Annual report of the Punjab Veterinary College and of the Civil Veterinary Department, Punjab - 1894-1908
Year: 1894
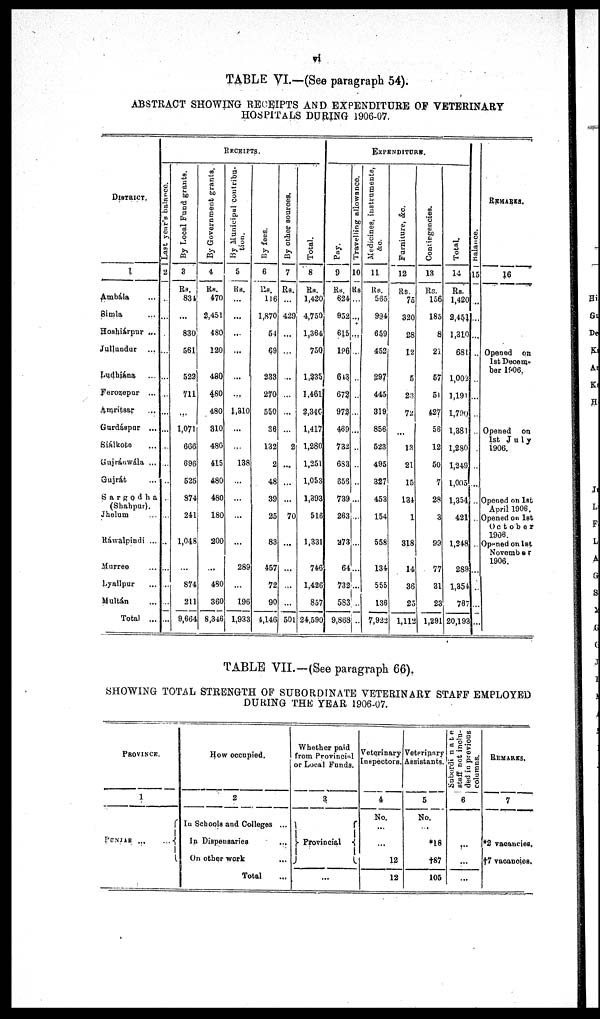
vi
TABLE VI.—(See paragraph 54).
ABSTRACT SHOWING RECEIPTS AND EXPENDITURE OF VETERINARY
HOSPITALS DURING 1906-07.
DISTRICT
1
Ambala ...
Simla ...
Hoshiárpur ...
Jullandur ...
Ludhiána ...
Ferozepur ...
Amritsar ...
Gurdáspur ...
Siálkote ...
Gujráuwála ...
Gujrát ...
Sargodha
(Shahpur).
Jhelum...
Ráwalpindi ...
Murree ...
Lyallpur ...
Multán ...
Total ...
RECEIPTS.
Last year's balance.
2
...
...
...
...
...
...
...
...
...
...
...
...
...
...
...
...
...
...
By Local Fund grants.
3
Rs.
834
...
830
561
522
711
...
1,071
666
696
525
874
241
1,048
...
874
211
9,664
By Government grants.
4
Rs.
470
3,451
480
120
480
480
480
310
480
415
480
480
180
200
...
480
360
8,346
By Municipal contribu-
tion.
5
Rs.
...
...
...
...
...
...
1,310
...
...
138
...
...
...
...
289
...
196
1,933
By fees.
6
Rs.
116
1,870
54
69
233
270
550
36
132
2
48
39
25
83
457
72
90
4,146
By other sources.
7
Rs.
429
...
...
...
...
...
...
2
...
...
...
70
...
...
...
...
501
Total.
8
Rs.
1,420
4,750
1,364
750
1,235
1,461
2,346
1,417
1,280
1,251
1,053
1,393
516
1,331
746
1,426
857
24,590
EXPENDITURE.
Pay.
9
Rs.
624
952
615
19
643
672
972
469
732
683
656
739
263
273
64
732
583
9,868
Travelling allowance.
10
Rs.
...
...
...
...
...
...
...
...
...
...
...
...
...
...
...
....
...
...
Medicines, instruments,
&c.
11
Rs.
565
994
659
452
297
445
319
856
523
495
327
453
154
558
134
555
136
7,921
Furniture, &c.
12
Rs.
75
320
28
12
5
23
72
...
13
21
15
134
1
318
14
36
25
1,119
Contingencies.
13
Rs.
156
185
8
21
57
51
427
56
12
50
7
28
3
99
77
31
23
1,291
Total.
14
Rs.
1,420
2,451
1,310
681
1,002
1,191
1,790
1,381
1,280
1,249
1,005
1,354
421
1,248
289
1,354
787
20,193
Balance.
15
...
...
...
...
...
...
..
...
...
...
...
...
...
..
...
...
REMARKS.
16
Opened on
1st Decem-
bar 1906.
Opened on
1st July
1906.
Opened on 1st
April 1906.
Opened on 1st
October
1906.
Opened on 1st
November
1906.
TABLE VII.—(See paragraph 66).
SHOWING TOTAL STRENGTH OF SUBORDINATE VETERINARY STAFF EMPLOYED
DURING THE YEAR 1906-07.
PROVINCE
1
PUNJAB ... ...
How occupied.
2
In Schools and Colleges ...
In Dispensaries ...
On other work ...
Total ...
Whether paid
from Provincial
or Local Funds.
3
Provincial
...
Veterinary
Inspectors.
4
No.
...
...
12
12
Veterinary
Assistants.
5
No.
...
*18
†87
105
Subordinta
staff not inclu-
ded in previous
columns.
6
...
...
...
REMARKS.
7
*2 vacancies.
†7 vacancies.